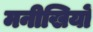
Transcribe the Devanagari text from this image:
मनीखियों